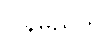
ပြန်မည်ဟု